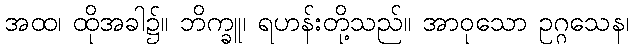
အထ၊ ထိုအခါ၌။ ဘိက္ခူ၊ ရဟန်းတို့သည်။ အာဝုသော ဥဂ္ဂသေန၊